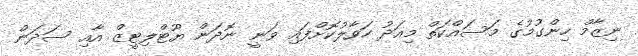
ނިޒާމް ހިންގުމުގެ މަސައްކަތް މިއަދު ހަވާލުކޮށްފައި ވަނީ ނޮދަން ޔޫޓްލިޓީޒް އާއި ސަދަން